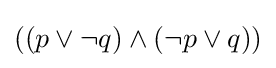
((p\lor \neg q)\land (\neg p\lor q))